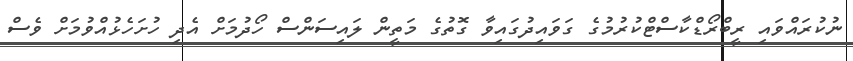
ނުކުރައްވައި ރީބްރޯޑްކާސްޓްކުރުމުގެ ގަވައިދުގައިވާ ގޮތުގެ މަތީން ލައިސަންސް ހޯދުމަށް އެދި ހުށަހެޅުއްވުމަށް ވެސް